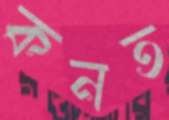
কনত